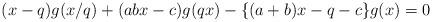
LaTeX: \begin{align*}(x-q)g(x/q)+(abx-c)g(qx)-\{ (a+b)x-q-c \}g(x)=0 \end{align*}